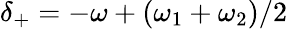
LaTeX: \delta_{+}=-\omega+(\omega_{1}+\omega_{2})/2